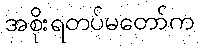
အစိုးရတပ်မတော်က